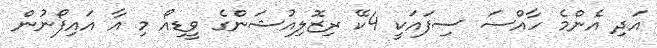
އަދި އެންމެ ހާއްސަ ސިފައަކީ 4ކޭ ރިޒޮލިއުޝަންގެ ވީޑިއޯ މި އާ އައިފޯނުން